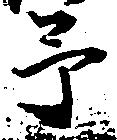
予